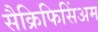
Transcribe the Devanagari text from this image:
सैक्रिफिसिंअम